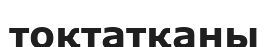
тоқтатқаны